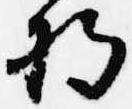
将